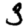
Digit: 3